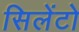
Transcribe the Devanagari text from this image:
सिलेंटो